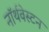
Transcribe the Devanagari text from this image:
नॉर्थवेस्टन